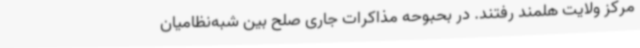
مرکز ولایت هلمند رفتند. در بحبوحه مذاکرات جاری صلح بین شبه‌نظامیان